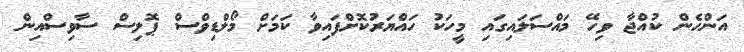
އަންހެން ކުއްޖާ ވިހޭ މައްސަލައިގައި މީހަކު ހައްޔަރުކޮށްފައިވާ ކަމަށް މޯލްޑިވްސް ޕޮލިސް ސާވިސްއިން